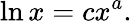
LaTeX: \ln x=cx^{a}.